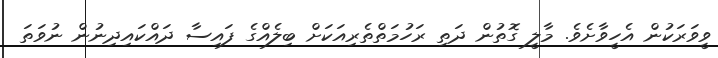
ވީވަރަކުން އެހީވާށެވެ. މާލީ ގޮތުން ދަތި ރަހުމަތްތެރިއަކަށް ބިލެއްގެ ފައިސާ ދައްކައިދިނުން ނުވަތަ